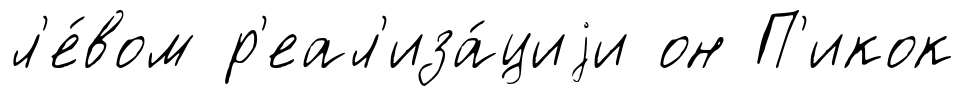
л'е́вом р'еал'иза́циjи он П'икок